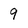
Character: 9